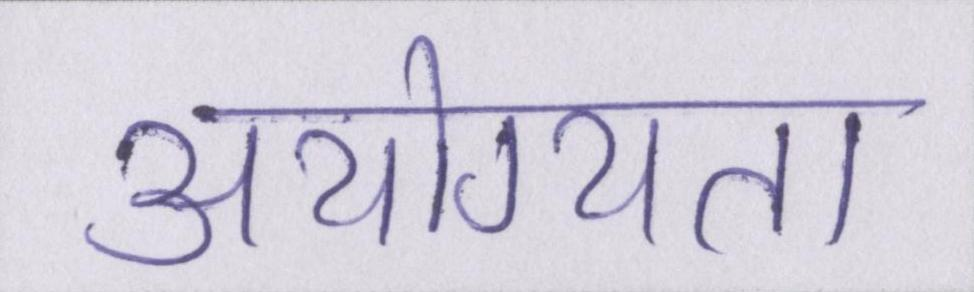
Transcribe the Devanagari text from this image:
अयोग्यता